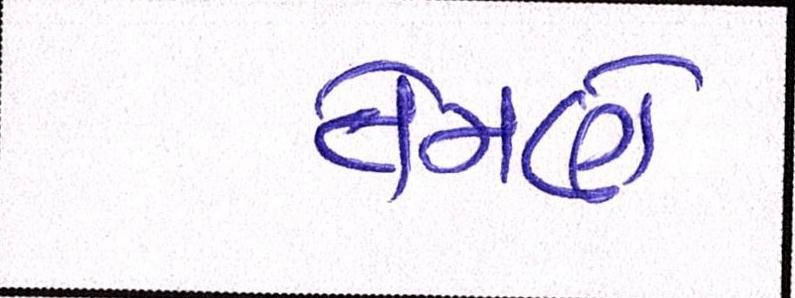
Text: તેમણે